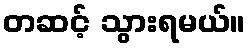
တဆင့် သွားရမယ်။